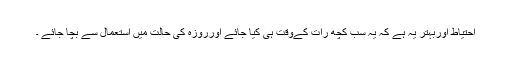
احتیاط اوربہتر یہ ہے کہ یہ سب کچھ رات کےوقت ہی کیا جائے اورروزہ کی حالت میں استعمال سے بچا جائے ۔